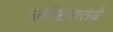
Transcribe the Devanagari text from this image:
परिसरातये